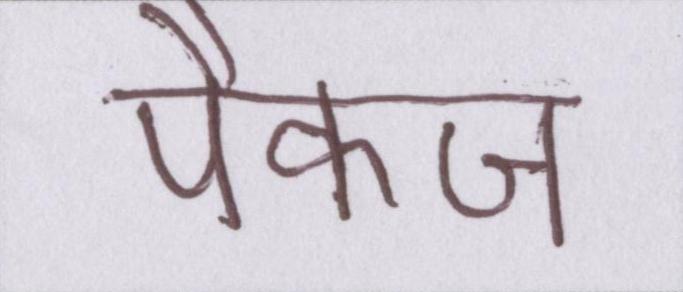
पैकज